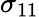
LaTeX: \sigma_{11}